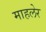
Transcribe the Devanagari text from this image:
माहलेर